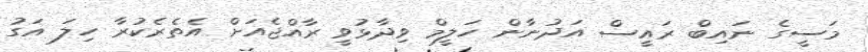
މަސީގެ ނައިބް ރައީސް އަދުނާން ހަލީމް ވިދާޅުވީ ރާއްޖެއަށް އެތެރެކުރާ ހިލަ އަގު